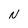
Character: N